Report of the Indian Hemp Drugs Commission, 1894-1895 - Volume V
Year: 1894
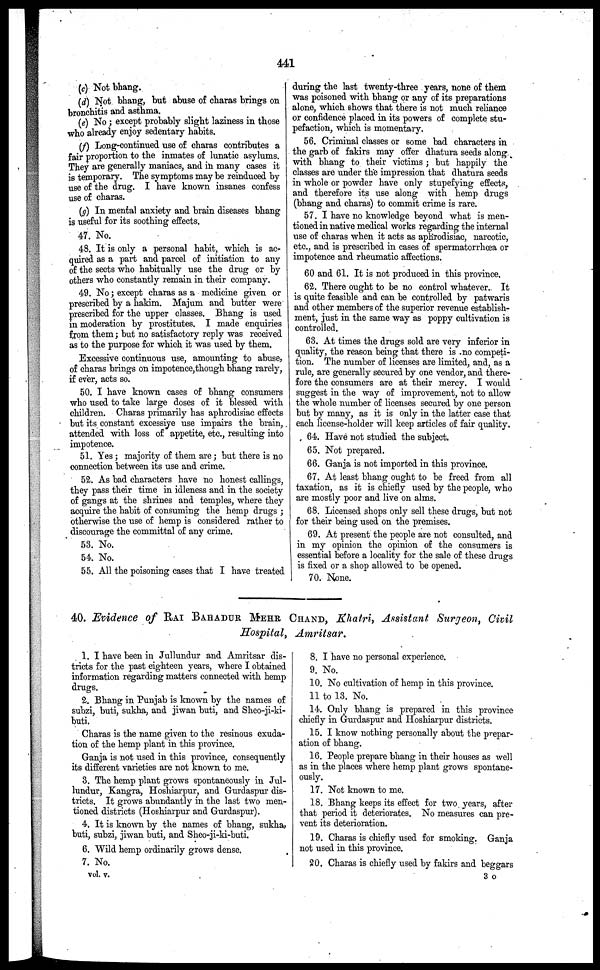
441
(c) Not bhang.
(d) Not bhang, but abuse of charas brings on
bronchitis and asthma.
(e) No ; except probably slight laziness in those
who already enjoy sedentary habits.
(f) Long-continued use of charas contributes a
fair proportion to the inmates of lunatic asylums.
They are generally maniacs, and in many cases it
is temporary. The symptoms may be reinduced by
use of the drug. I have known insanes confess
use of charas.
(g) In mental anxiety and brain diseases bhang
is useful for its soothing effects.
47. No.
48. It is only a personal habit, which is ac-
quired as a part and parcel of initiation to any
of the sects who habitually use the drug or by
others who constantly remain in their company.
49. No ; except charas as a medicine given or
prescribed by a hakim. Majum and butter were
prescribed for the upper classes. Bhang is used
in moderation by prostitutes. I made enquiries
from them; but no satisfactory reply was received
as to the purpose for which it was used by them.
Excessive continuous use, amounting to abuse,
of charas brings on impotence, though bhang rarely,
if ever, acts so.
50. I have known cases of bhang consumers
who used to take large doses of it blessed with
children. Charas primarily has aphrodisiac effects
but its constant excessive use impairs the brain,
attended with loss of appetite, etc., resulting into
impotence.
51. Yes; majority of them are; but there is no
connection between its use and crime.
52. As bad characters have no honest callings,
they pass their time in idleness and in the society
of gangs at the shrines and temples, where they
acquire the habit of consuming the hemp drugs ;
otherwise the use of hemp is considered rather to
discourage the committal of any crime.
53. No.
54. No.
55. All the poisoning cases that I have treated
during the last twenty-three years, none of them
was poisoned with bhang or any of its preparations
alone, which shows that there is not much reliance
or confidence placed in its powers of complete stu-
pefaction, which is momentary.
56. Criminal classes or some bad characters in
the garb of fakirs may offer dhatura seeds along
with bhang to their victims ; but happily the
classes are under the impression that dhatura seeds
in whole or powder have only stupefying effects,
and therefore its use along with hemp drugs
(bhang and charas) to commit crime is rare.
57. I have no knowledge beyond what is men-
tioned in native medical works regarding the internal
use of charas when it acts as aphrodisiac, narcotic,
etc., and is prescribed in cases of spermatorrhoea or
impotence and rheumatic affections.
60 and 61. It is not produced in this province.
62. There ought to be no control whatever. It
is quite feasible and can be controlled by patwaris
and other members of the superior revenue establish-
ment, just in the same way as poppy cultivation is
controlled.
63. At times the drugs sold are very inferior in
quality, the reason being that there is no competi-
tion. The number of licenses are limited, and, as a
rule, are generally secured by one vendor, and there-
fore the consumers are at their mercy. I would
suggest in the way of improvement, not to allow
the whole number of licenses secured by one person
but by many, as it is only in the latter case that
each license-holder will keep articles of fair quality.
64. Have not studied the subject.
65. Not prepared.
66. Ganja is not imported in this province.
67. At least bhang ought to be freed from all
taxation, as it is chiefly used by the people, who
are mostly poor and live on alms.
68. Licensed shops only sell these drugs, but not
for their being used on the premises.
69. At present the people are not consulted, and
in my opinion the opinion of the consumers is
essential before a locality for the sale of these drugs
is fixed or a shop allowed to be opened.
70. None.
40. Evidence of RAI BAHADUR MEHR CHAND, Khatri, Assistant Suryeon, Civil
Hospital,
Amritsar.
1. I have been in Jullundur and Amritsar dis-
tricts for the past eighteen years, where I obtained
information regarding matters connected with hemp
drugs.
2. Bhang in Punjab is known by the names of
subzi, buti, sukha, and jiwan buti, and Sheo-ji-ki-
buti.
Charas is the name given to the resinous exuda-
tion of the hemp plant in this province.
Ganja is not used in this province, consequently
its different varieties are not known to me.
3. The hemp plant grows spontaneously in Jul-
lundur, Kangra, Hoshiarpur, and Gurdaspur dis-
tricts. It grows abundantly in the last two men-
tioned districts (Hoshiarpur and Gurdaspur).
4. It is known by the names of bhang, sukha,
buti, subzi, jiwan buti, and Sheo-ji-ki-buti.
6. Wild hemp ordinarily grows dense.
7. No.
vol. v.
8. I have no personal experience.
9. No.
10. No cultivation of hemp in this province.
11 to 13. No.
14. Only bhang is prepared in this province
chiefly in Gurdaspur and Hoshiarpur districts.
15. I know nothing personally about the prepar-
ation of bhang.
16. People prepare bhang in their houses as well
as in the places where hemp plant grows spontane-
ously.
17. Not known to me.
18. Bhang keeps its effect for two years, after
that period it deteriorates. No measures can pre-
vent its deterioration.
19. Charas is chiefly used for smoking. Ganja
not used in this province.
20. Charas is chiefly used by fakirs and beggars
3 o